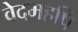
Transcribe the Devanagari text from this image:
वेदमहर्षि